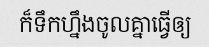
ក៏ទឹកហ្នឹងចូលគ្នាធ្វើឲ្យ